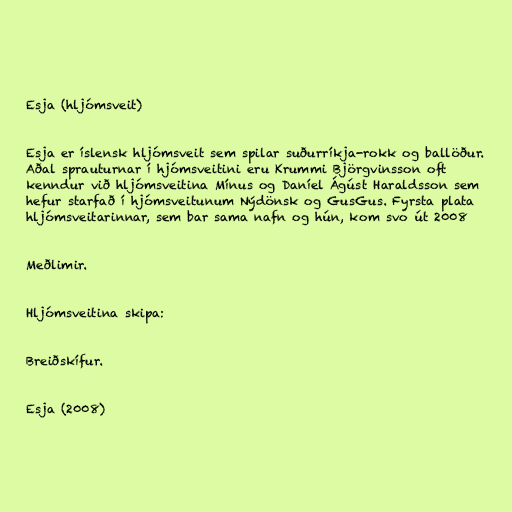
Esja (hljómsveit)

Esja er íslensk hljómsveit sem spilar suðurríkja-rokk og ballöður.
Aðal sprauturnar í hjómsveitini eru Krummi Björgvinsson oft
kenndur við hljómsveitina Mínus og Daníel Ágúst Haraldsson sem
hefur starfað í hjómsveitunum Nýdönsk og GusGus. Fyrsta plata
hljómsveitarinnar, sem bar sama nafn og hún, kom svo út 2008

Meðlimir.

Hljómsveitina skipa:

Breiðskífur.

Esja (2008)